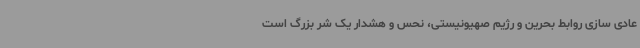
عادی سازی روابط بحرین و رژیم صهیونیستی، نحس و هشدار یک شر بزرگ است